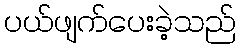
ပယ်ဖျက်ပေးခဲ့သည်